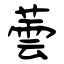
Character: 蕓